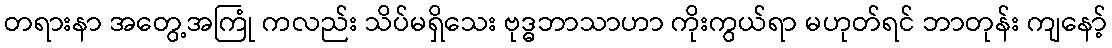
တရားနာ အတွေ့အကြုံ ကလည်း သိပ်မရှိသေး ဗုဒ္ဓဘာသာဟာ ကိုးကွယ်ရာ မဟုတ်ရင် ဘာတုန်း ကျနော့်